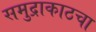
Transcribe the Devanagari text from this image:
समुद्राकाठचा